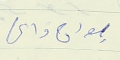
جورج داغر